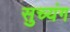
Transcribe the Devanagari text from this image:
सुच्यंग